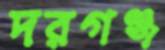
দরগঞ্জ